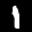
Label: 1